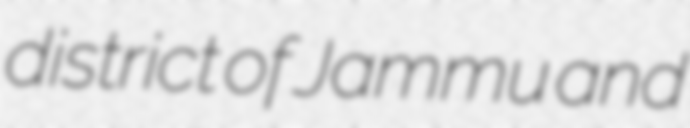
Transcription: district of Jammu and